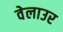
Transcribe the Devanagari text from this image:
वेलाउर